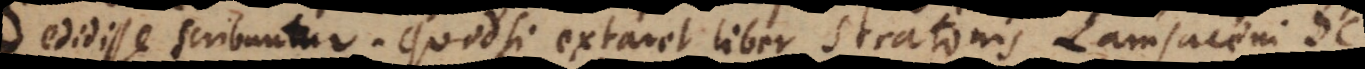
edidisse scribuntur. Quodsi extaret liber Stratonis Lampsaceni De